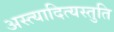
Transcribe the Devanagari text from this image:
अस्त्यादित्यस्तुति